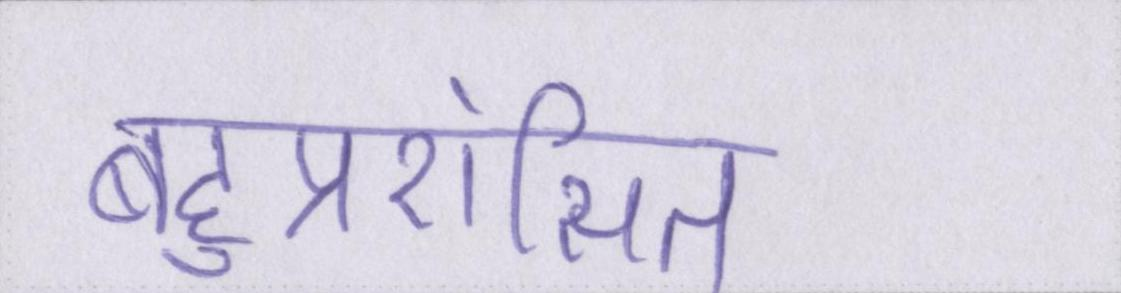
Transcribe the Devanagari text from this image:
बहुप्रशंसित